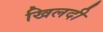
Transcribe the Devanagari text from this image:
खिलदी